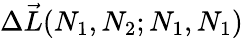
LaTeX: \Delta\vec{L}(N_{1},N_{2};N_{1},N_{1})